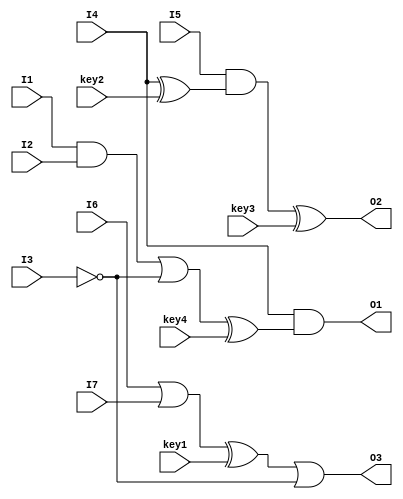
module sample(I1, I2, I3, I4, I5, I6, I7, key1, key2, key3, key4, O1, O2, O3);

input I1, I2, I3, I4, I5, I6, I7;
input key1, key2, key3, key4;
output O1, O2, O3;

wire W1, W2, W3, W4;
wire [0:3] bus;

and AND(W1, I1, I2);
not NOT(W2, I3);
or OR(W4, W1, W2);
xor KeyGate(bus[0], W4, key4);
and AND(O1, I4, bus[0]);
xor KeyGate(bus[1], I4, key2);
and AND(bus[2], I5, bus[1]);
xor KeyGate(O2, bus[2], key3);
or OR(W3, I6, I7);
xor KeyGate(bus[3], W3, key1);
or OR(O3, bus[3], W2);

endmodule